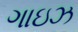
ગાઇઝ